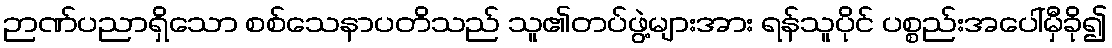
ဉာဏ်ပညာရှိသော စစ်သေနာပတိသည် သူ၏တပ်ဖွဲ့များအား ရန်သူပိုင် ပစ္စည်းအပေါ်မှီခို၍